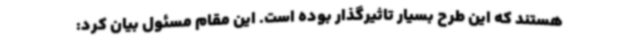
هستند که این طرح بسیار تاثیرگذار بوده است. این مقام مسئول بیان کرد: